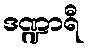
ဒဏ္ဍာရီ